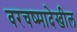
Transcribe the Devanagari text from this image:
वरचष्मादेखील